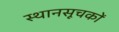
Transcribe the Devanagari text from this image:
स्थानसूचकों